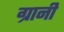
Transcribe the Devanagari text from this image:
ग्रानी